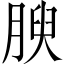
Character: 腴